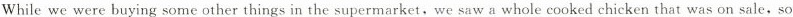
While we were buying some other things in the supermarket, we saw a whole cooked chicken that was on sale,so